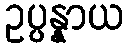
ဥပ္ပန္နာယ